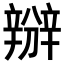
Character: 𨐰